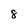
Character: 8